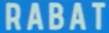
RABAT